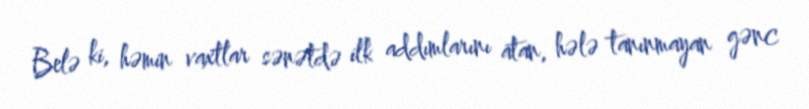
Belə ki, həmin vaxtlar sənətdə ilk addımlarını atan, hələ tanınmayan gənc